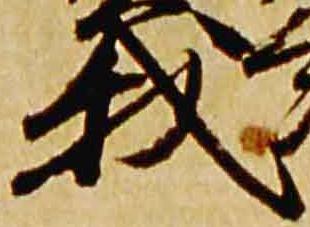
我